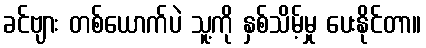
ခင်ဗျား တစ်ယောက်ပဲ သူ့ကို နှစ်သိမ့်မှု ပေးနိုင်တာ။